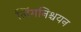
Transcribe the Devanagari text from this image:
लिंगनिश्चयन